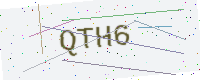
Text: QTH6